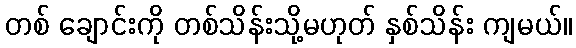
တစ် ချောင်းကို တစ်သိန်းသို့မဟုတ် နှစ်သိန်း ကျမယ်။